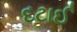
દટાઈ